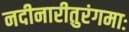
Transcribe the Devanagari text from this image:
नदीनारीतुरंगमाः